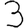
Digit: 3